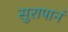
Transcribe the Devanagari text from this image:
सुरापानं